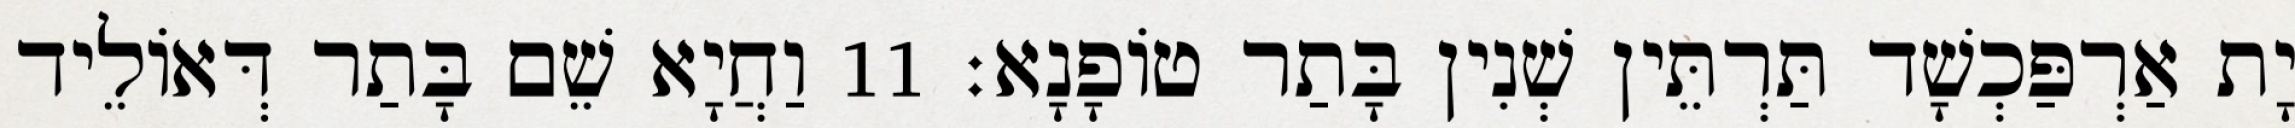
יָת אַרְפַּכְשָׁד תַּרְתֵּין שְׁנִין בָּתַר טוֹפָנָא׃ 11 וַחֲיָא שֵׁם בָּתַר דְּאוֹלֵיד